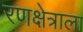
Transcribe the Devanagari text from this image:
रणक्षेत्राला